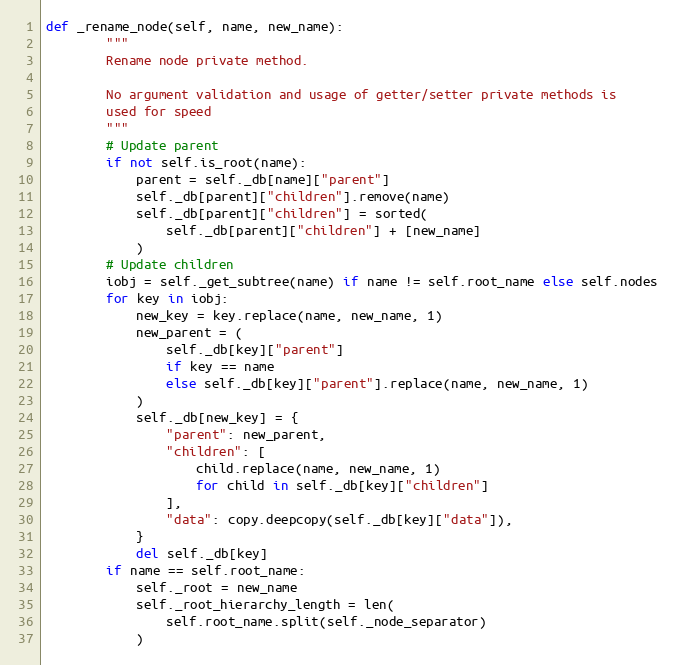
Language: Python
def _rename_node(self, name, new_name):
        """
        Rename node private method.

        No argument validation and usage of getter/setter private methods is
        used for speed
        """
        # Update parent
        if not self.is_root(name):
            parent = self._db[name]["parent"]
            self._db[parent]["children"].remove(name)
            self._db[parent]["children"] = sorted(
                self._db[parent]["children"] + [new_name]
            )
        # Update children
        iobj = self._get_subtree(name) if name != self.root_name else self.nodes
        for key in iobj:
            new_key = key.replace(name, new_name, 1)
            new_parent = (
                self._db[key]["parent"]
                if key == name
                else self._db[key]["parent"].replace(name, new_name, 1)
            )
            self._db[new_key] = {
                "parent": new_parent,
                "children": [
                    child.replace(name, new_name, 1)
                    for child in self._db[key]["children"]
                ],
                "data": copy.deepcopy(self._db[key]["data"]),
            }
            del self._db[key]
        if name == self.root_name:
            self._root = new_name
            self._root_hierarchy_length = len(
                self.root_name.split(self._node_separator)
            )